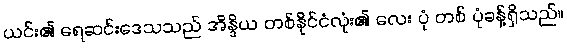
ယင်း၏ ရေဆင်းဒေသသည် အိန္ဒိယ တစ်နိုင်ငံလုံး၏ လေး ပုံ တစ် ပုံခန့်ရှိသည်။